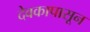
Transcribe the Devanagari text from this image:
देवकापासून